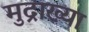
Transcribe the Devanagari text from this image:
मुद्राख्या